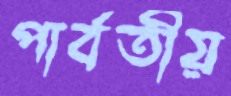
পার্বতীয়